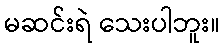
မဆင်းရဲ သေးပါဘူး။